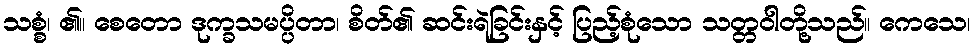
သစ္စံ၊ ၏။ စေတော ဒုက္ခသမပ္ပိတာ၊ စိတ်၏ ဆင်းရဲခြင်းနှင့် ပြည့်စုံသော သတ္တဝါတို့သည်။ ကေသေ၊